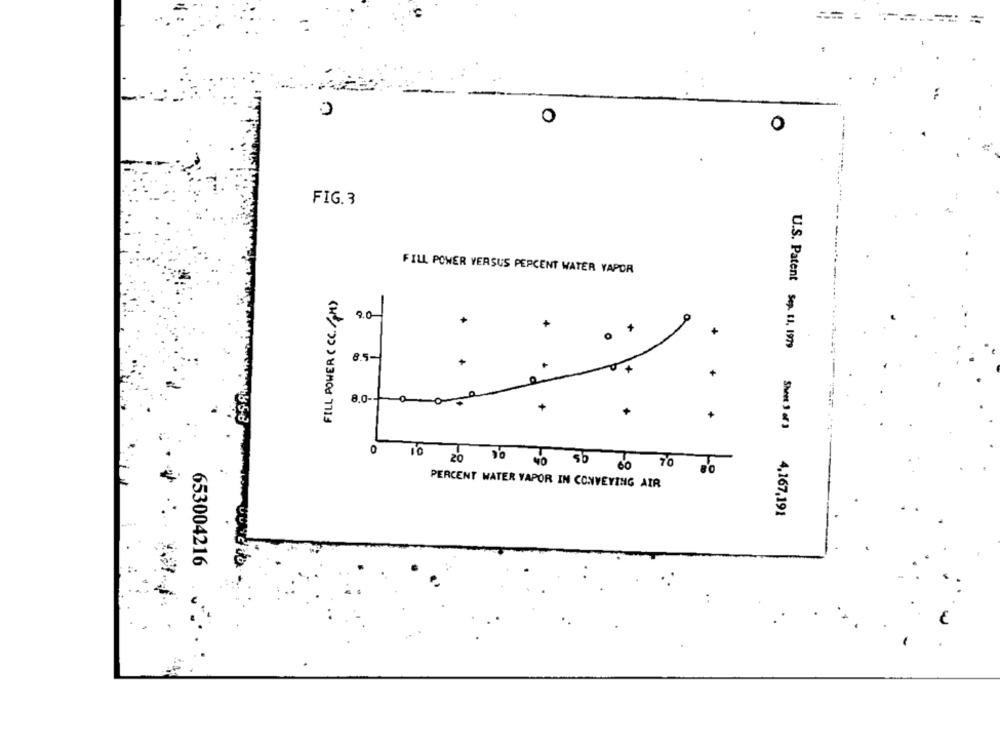
O
0
FIG.3
FILL POWER VERSUS PERCENT WATER VAPOR
FILL POWER ( CC./PH)
9.0
U.S. Patent Sep. 11, 1979
8.5-
+
8.0-
+
858
Sheet 3 of 3
0
10 20 90 40 55
70
PERCENT WATER VAPOR IN CONVEYING AIR
4,167,191
653004216